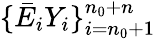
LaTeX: \{ \bar{E}_{i}Y_{i}\} _{i=n_{0}+1}^{n_{0}+n}